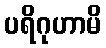
ပရိဂုဟာမိ